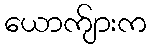
ယောက်ျားက